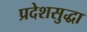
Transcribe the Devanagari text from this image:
प्रदेशसुद्धा